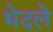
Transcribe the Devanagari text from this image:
भेदले